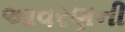
આવરણની